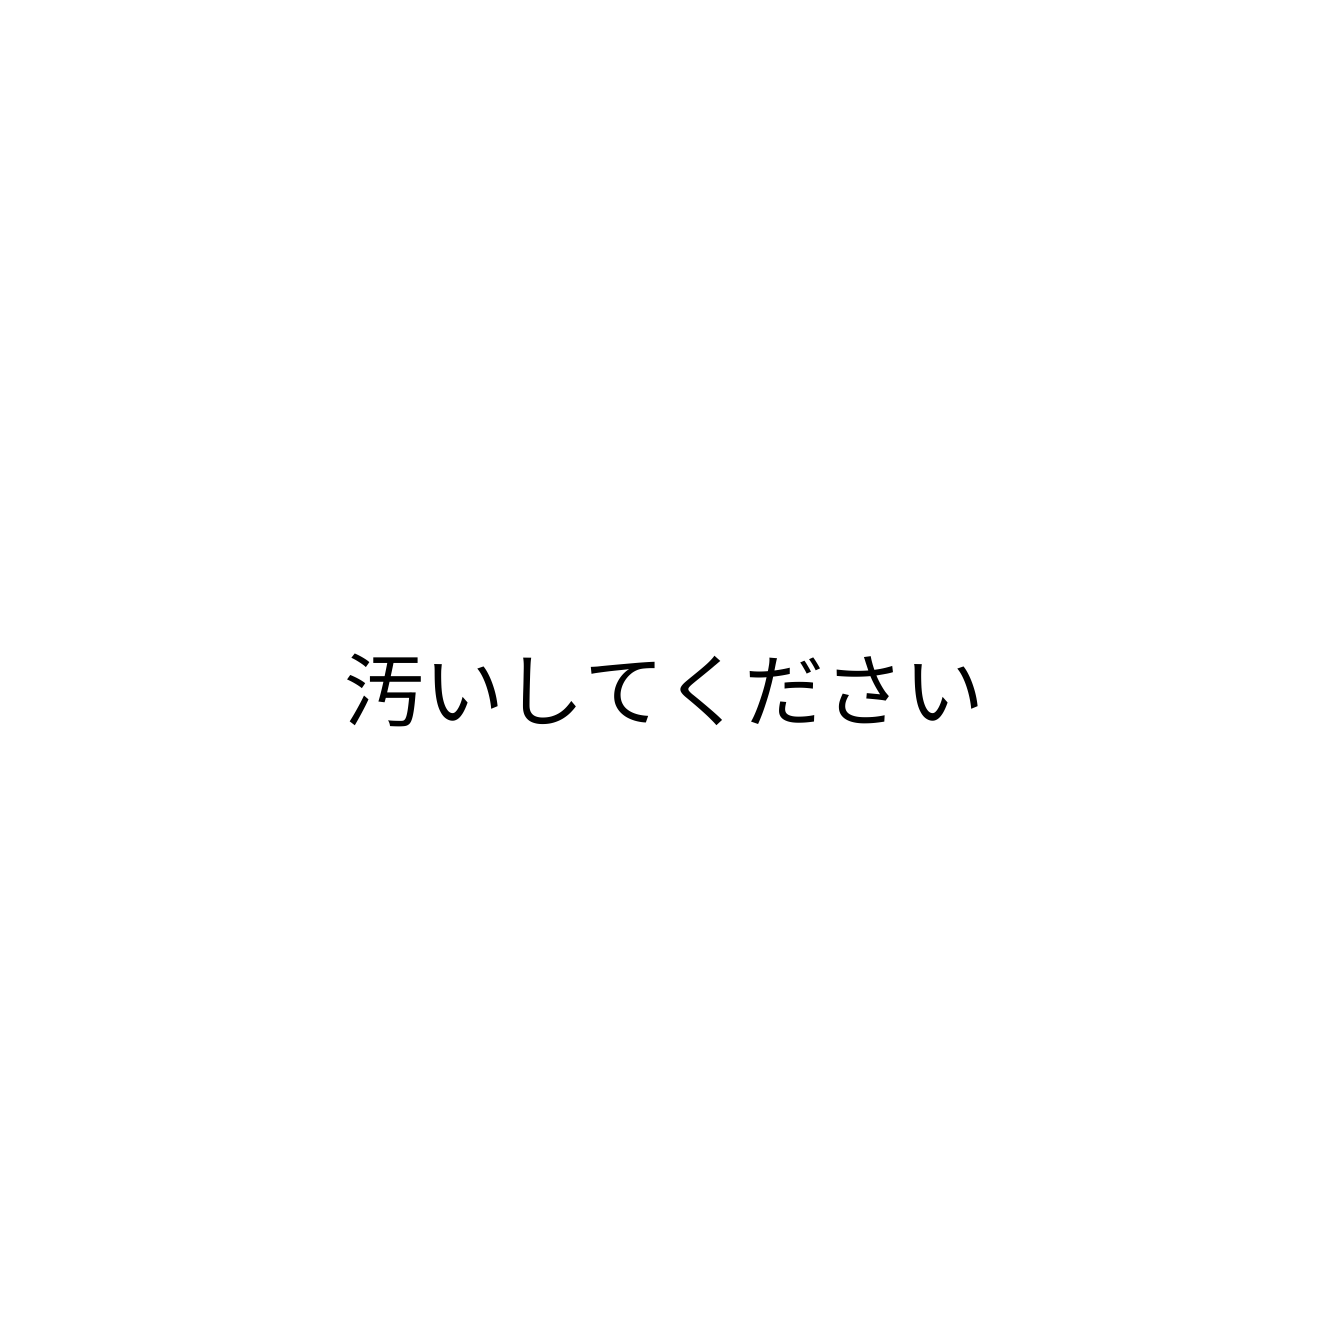
汚いしてください